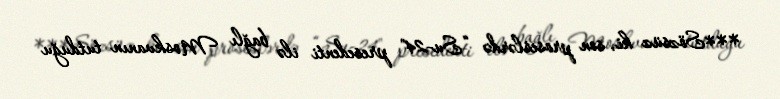
***Sözsüz ki, son proseslərdə “Su-24" presedenti ilə bağlı Moskvanın tutduğu